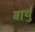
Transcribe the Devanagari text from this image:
बार्थु